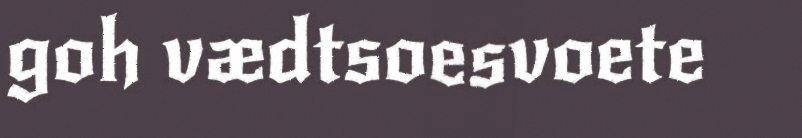
goh vædtsoesvoete